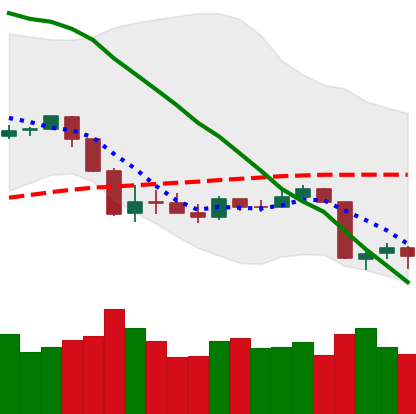
Ticker: XRP-USD
Chart end date: 2020-03-11
Forward return: -32.213%
Label: down_7plus